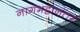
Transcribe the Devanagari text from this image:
नागभट्टानंतर